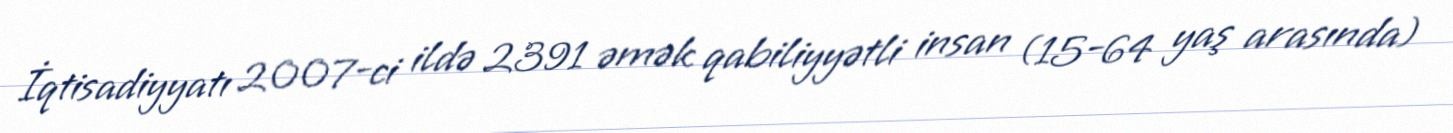
İqtisadiyyatı 2007-ci ildə 2391 əmək qabiliyyətli insan (15-64 yaş arasında)